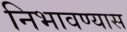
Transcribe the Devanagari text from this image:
निभावण्यास